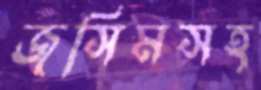
জসিমসহ